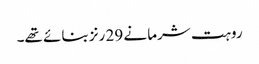
روہت شرما نے 29 رنز بنائے تھے۔